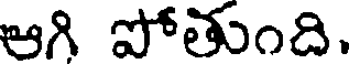
ఆగి పోతుంది.